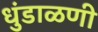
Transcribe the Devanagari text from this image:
धुंडाळणी